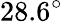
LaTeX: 28.6^{\circ}